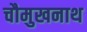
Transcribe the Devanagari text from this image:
चौमुखनाथ